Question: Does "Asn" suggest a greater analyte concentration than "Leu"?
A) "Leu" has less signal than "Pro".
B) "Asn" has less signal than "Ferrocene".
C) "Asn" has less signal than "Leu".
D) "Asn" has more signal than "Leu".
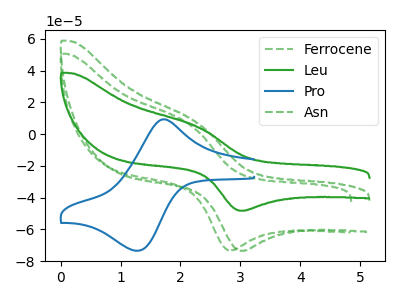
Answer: <think>The green dashed curve "Ferrocene" has an anodic peak at (2.15V, 5.80uA) and a cathodic peak at (2.80V, -73.05uA). The green curve "Leu" has an anodic peak at (2.25V, 4.95uA) and a cathodic peak at (3.05V, -48.20uA). The blue curve "Pro" has an anodic peak at (1.70V, 9.15uA) and a cathodic peak at (1.30V, -73.45uA). The green dashed curve "Asn" has an anodic peak at (2.25V, 7.55uA) and a cathodic peak at (3.05V, -73.45uA).
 All the peaks in "Asn" have a peak in "Leu" at the same potential. Every peak in "Asn" is higher than every peak in "Leu".</think>
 <answer>D) "Asn" has more signal than "Leu".</answer>
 <eval>D</eval>